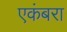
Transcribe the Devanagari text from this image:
एकंबरा